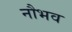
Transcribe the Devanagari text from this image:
नौभव